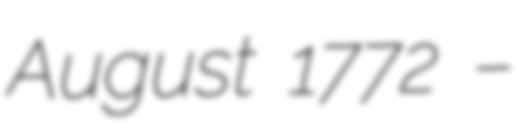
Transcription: August 1772 –